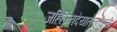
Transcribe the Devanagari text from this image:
जहिज्निदेयातेल्नोस्ती